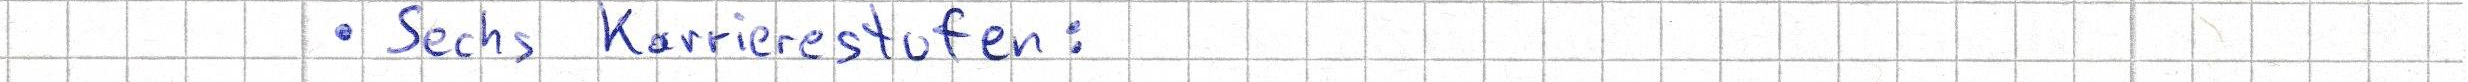
- Sechs Karrierestufen: